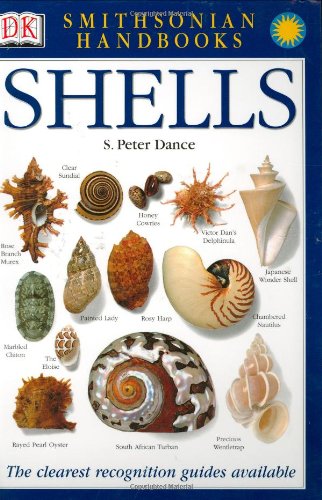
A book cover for Smithsonian Handbooks: Shells; S Dance; Science & Math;